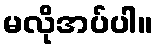
မလိုအပ်ပါ။